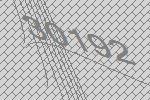
30192